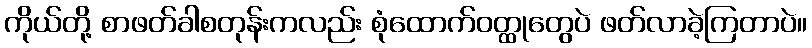
ကိုယ်တို့ စာဖတ်ခါစတုန်းကလည်း စုံထောက်ဝတ္ထုတွေပဲ ဖတ်လာခဲ့ကြတာပဲ။